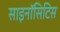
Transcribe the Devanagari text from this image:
साइनॉसिटिस